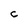
Character: C